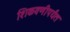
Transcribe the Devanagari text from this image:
शिकवणीपर्यंत